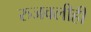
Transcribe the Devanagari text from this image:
रुजवलीही